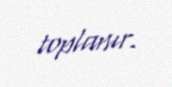
toplanır.